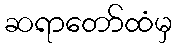
ဆရာတော်ထံမှ